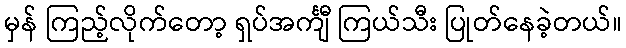
မှန် ကြည့်လိုက်တော့ ရှပ်အင်္ကျီ ကြယ်သီး ပြုတ်နေခဲ့တယ်။